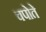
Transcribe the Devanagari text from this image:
चपोते